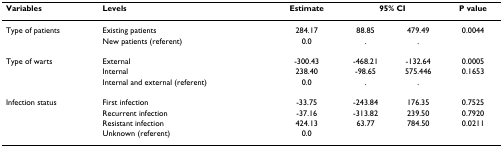
<table><thead><tr><td><b>Variables</b></td><td><b>Levels</b></td><td><b>Estimate</b></td><td colspan="2"><b>95% CI</b></td><td><b>P value</b></td></tr></thead><tbody><tr><td>Type of patients</td><td>Existing patients</td><td>284.17</td><td>88.85</td><td>479.49</td><td>0.0044</td></tr><tr><td></td><td>New patients (referent)</td><td>0.0</td><td>.</td><td>.</td><td></td></tr><tr><td>Type of warts</td><td>External</td><td>-300.43</td><td>-468.21</td><td>-132.64</td><td>0.0005</td></tr><tr><td></td><td>Internal</td><td>238.40</td><td>-98.65</td><td>575.446</td><td>0.1653</td></tr><tr><td></td><td>Internal and external (referent)</td><td>0.0</td><td>.</td><td>.</td><td></td></tr><tr><td>Infection status</td><td>First infection</td><td>-33.75</td><td>-243.84</td><td>176.35</td><td>0.7525</td></tr><tr><td></td><td>Recurrent infection</td><td>-37.16</td><td>-313.82</td><td>239.50</td><td>0.7920</td></tr><tr><td></td><td>Resistant infection</td><td>424.13</td><td>63.77</td><td>784.50</td><td>0.0211</td></tr><tr><td></td><td>Unknown (referent)</td><td>0.0</td><td></td><td></td><td></td></tr></tbody></table>